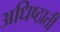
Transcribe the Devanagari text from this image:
अधिष्ठाती